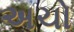
અચો